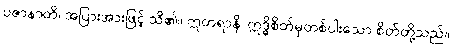
ပဇာနာတိ၊ အပြားအားဖြင့် သိ၏။ ဣတရာနိ၊ ဣဒ္ဓိစိတ်မှတစ်ပါးသော စိတ်တို့သည်။